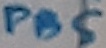
Text: PB5